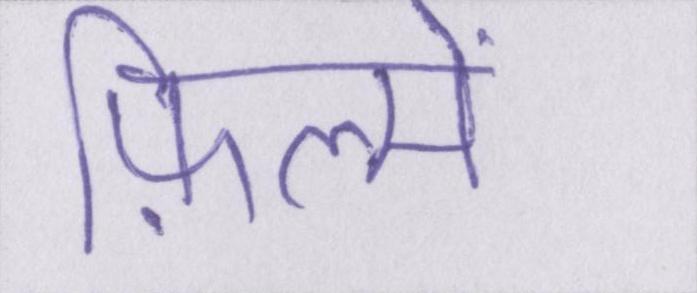
फ़िल्में